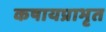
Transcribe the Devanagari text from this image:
कषायप्राभृत